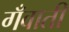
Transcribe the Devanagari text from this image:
गँवाती